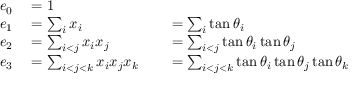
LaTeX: \begin{array} { r l r l } { e _ { 0 } } & { { } = 1 } \\ { e _ { 1 } } & { { } = \sum _ { i } x _ { i } } & { } & { { } = \sum _ { i } \tan \theta _ { i } } \\ { e _ { 2 } } & { { } = \sum _ { i < j } x _ { i } x _ { j } } & { } & { { } = \sum _ { i < j } \tan \theta _ { i } \tan \theta _ { j } } \\ { e _ { 3 } } & { { } = \sum _ { i < j < k } x _ { i } x _ { j } x _ { k } } & { } & { { } = \sum _ { i < j < k } \tan \theta _ { i } \tan \theta _ { j } \tan \theta _ { k } } \end{array}